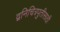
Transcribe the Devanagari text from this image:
द्वनिचित्रपुतीसाठी